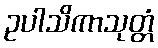
ဥပါသိကာသုတ္တံ